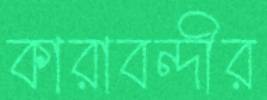
কারাবন্দীর